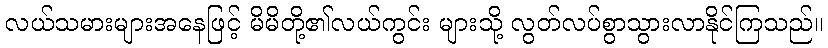
လယ်သမားများအနေဖြင့် မိမိတို့၏လယ်ကွင်း များသို့ လွတ်လပ်စွာသွားလာနိုင်ကြသည်။